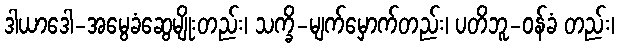
ဒါယာဒေါ-အမွေခံဆွေမျိုးတည်း၊ သက္ခိ-မျက်မှောက်တည်း၊ ပတိဘူ-ဝန်ခံ တည်း၊